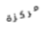
مركزة